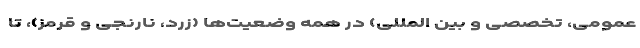
عمومی، تخصصی و بین المللی) در همه وضعیت‌ها (زرد، نارنجی و قرمز)، تا